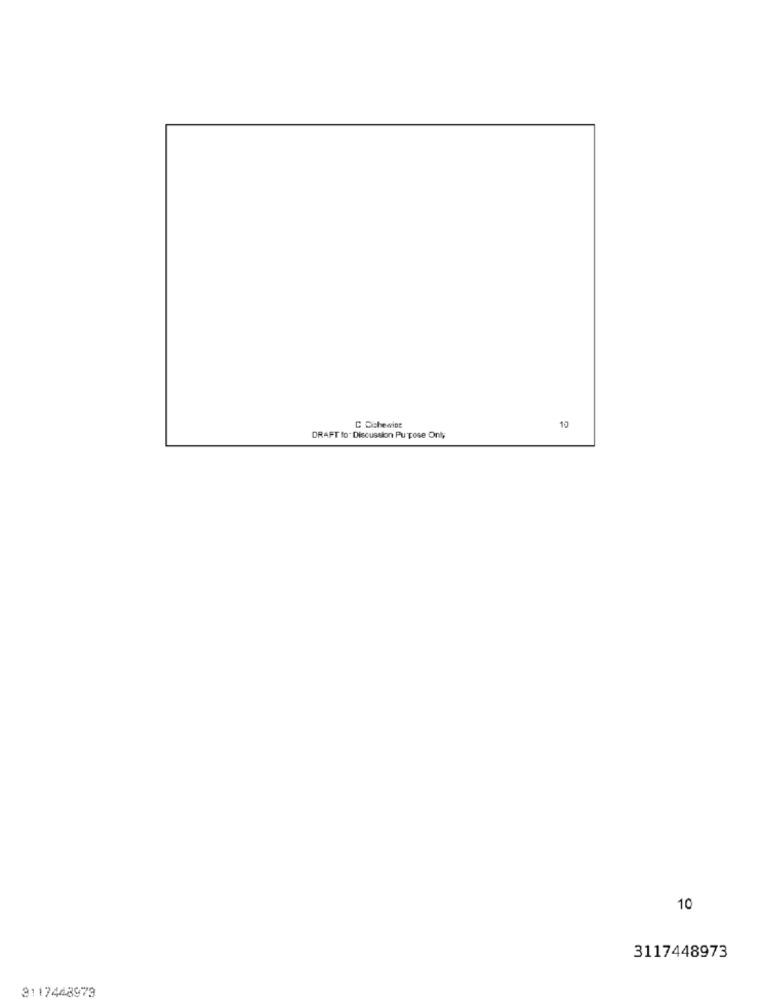
C Ochewine
10
DRAFT to. Discussion Pu pose Only
10
3117448973
3117448979